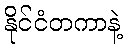
နိုင်ငံတကာနဲ့